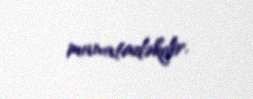
manatadəkdir.